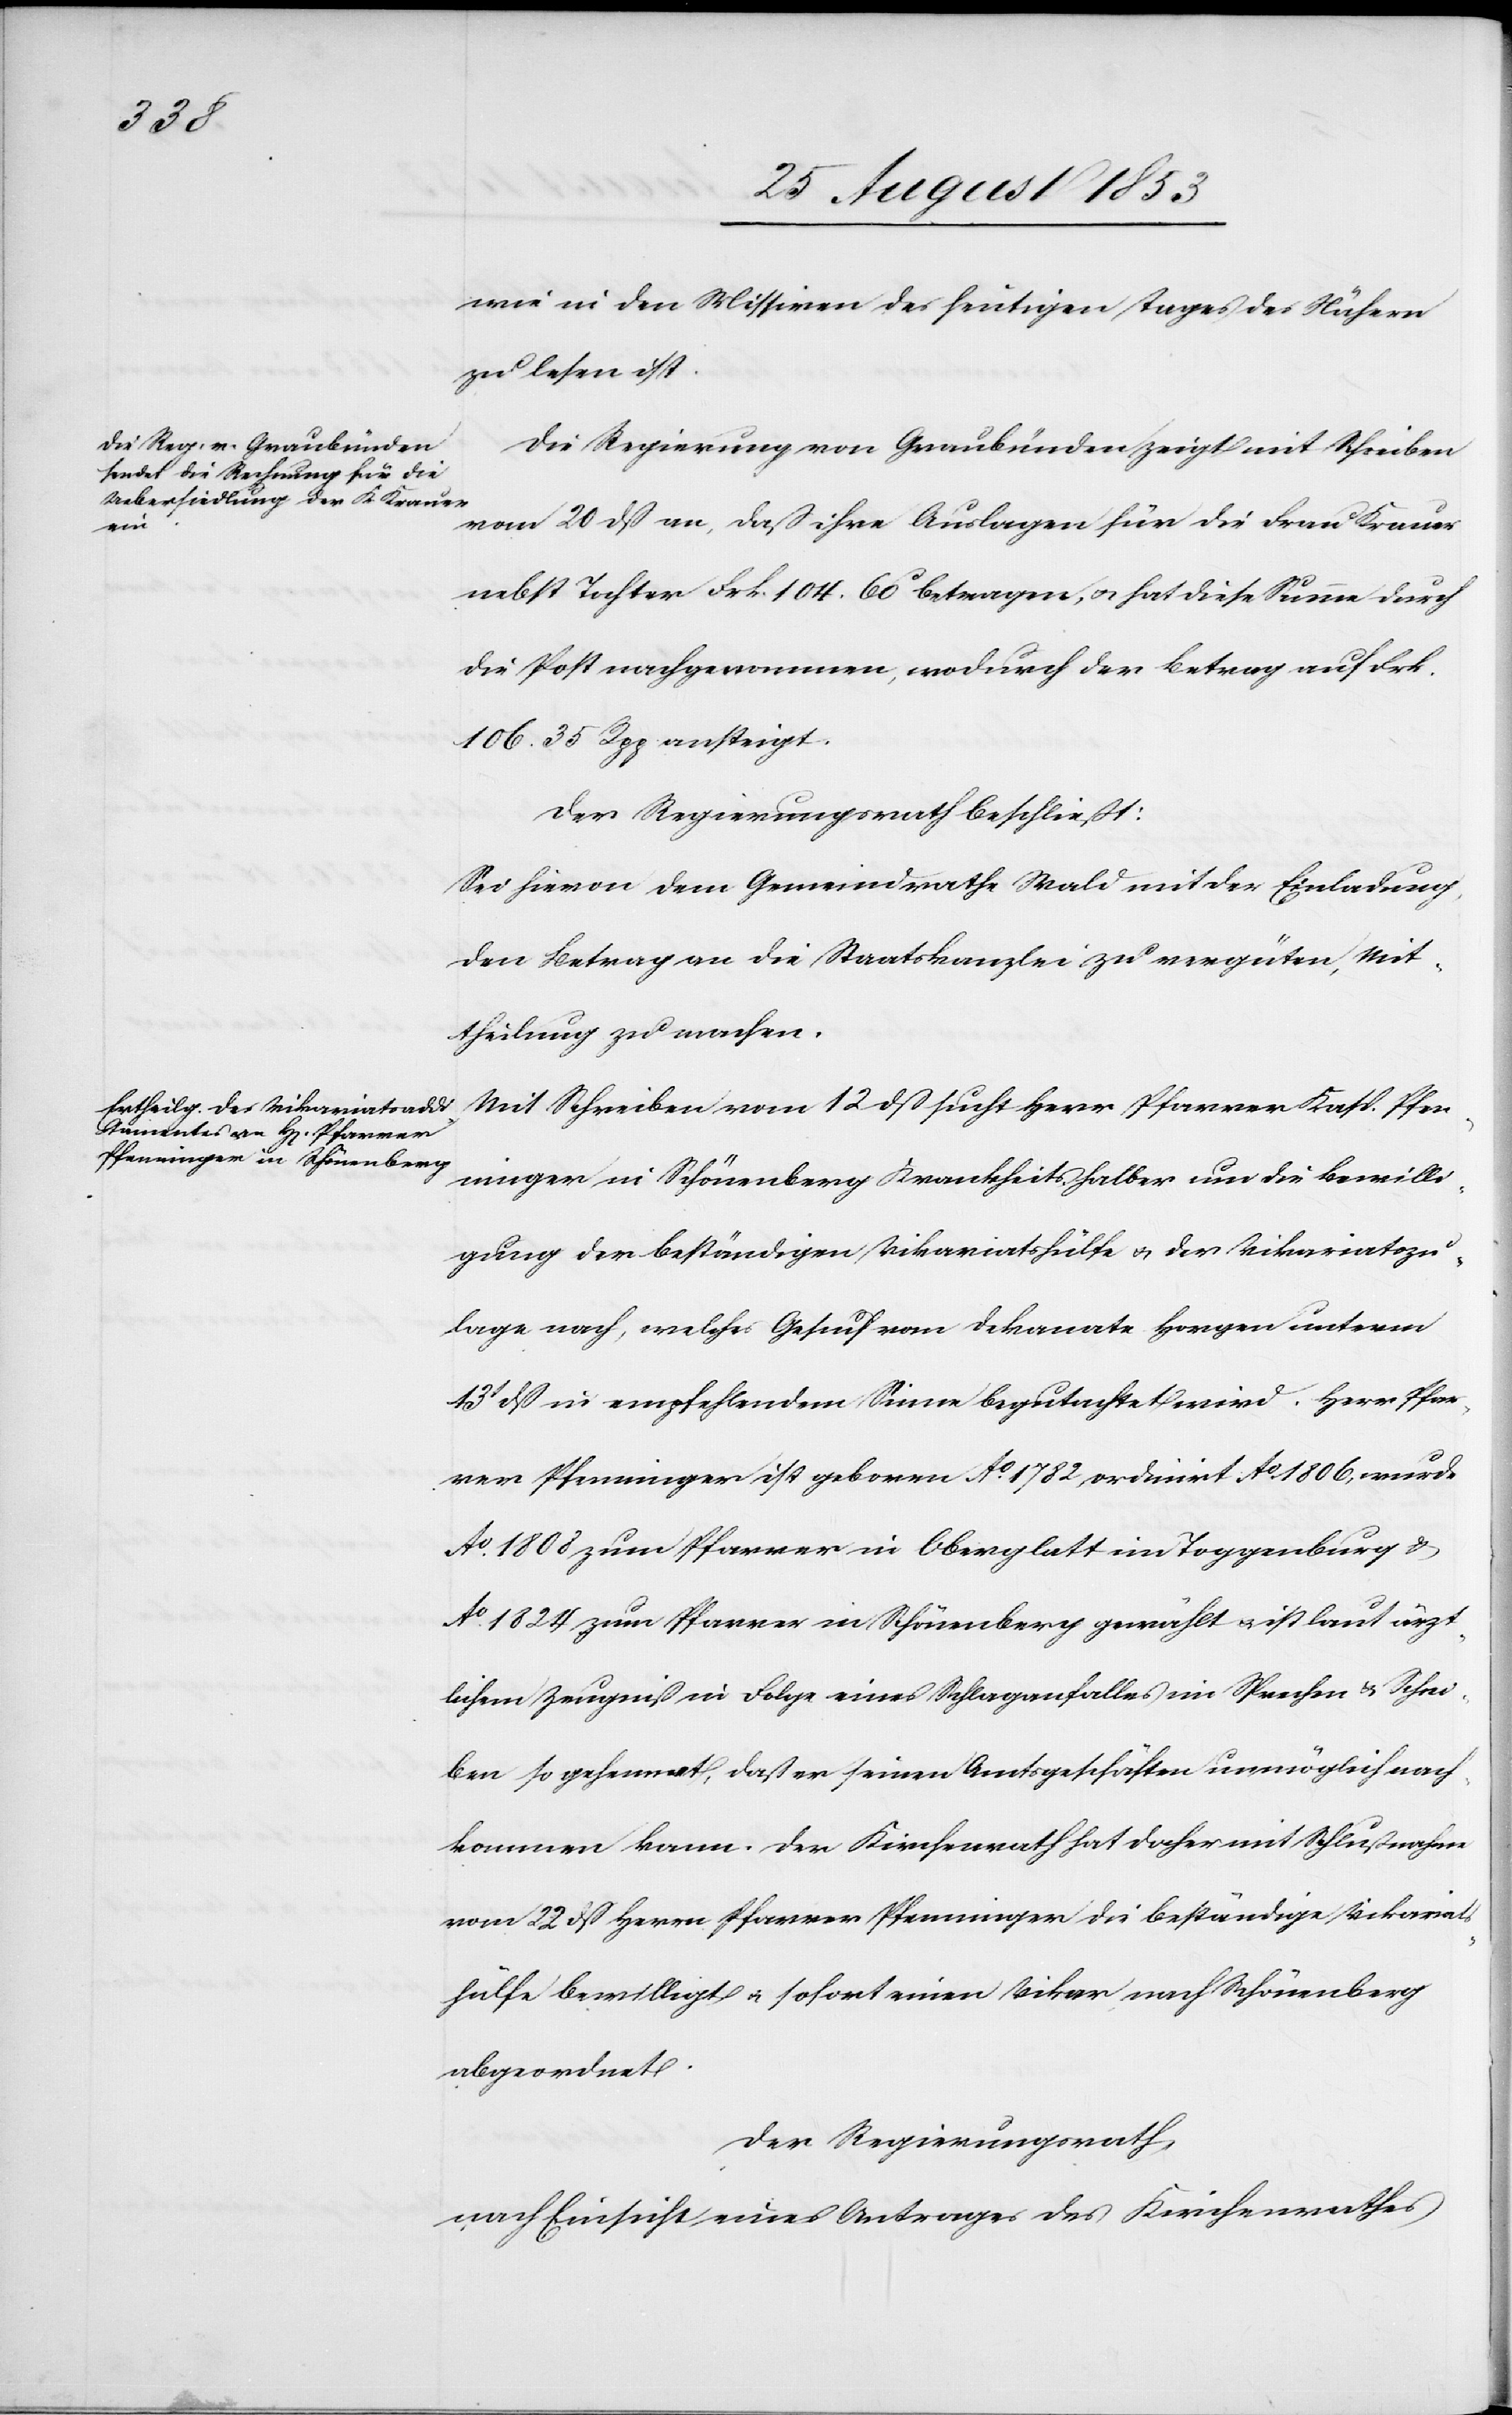
wie in den Missiven des heutigen Tages des Nähern
zu lesen ist.
Die Regierung von Graubünden zeigt mit Schreiben
vom 20 dß an, daß ihre Auslagen für die Frau Krauer
nebst Tochter Frk. 104.60 betragen, u. hat diese Summe durch
die Post nachgenommen, wodurch der Betrag auf Frk.
106.35 Rpp ansteigt.
Der Regierungsrath beschließt:
Sei hievon dem Gemeindrathe Wald mit der Einladung,
den Betrag an die Staatskanzlei zu vergüten, Mit¬
theilung zu machen.
Mit Schreiben vom 12 dß sucht Herr Pfarrer Kasp. Pfen¬
ninger in Schönenberg krankheitshalber um die Bewilli¬
gung der beständigen Vikariatshülfe u. der Vikariatszu¬
lage nach, welches Gesuch vom Dekanate Horgen unterm
13t dß in empfehlendem Sinne begutachtet wird. Herr Pfar¬
rer Pfenninger ist geboren Ao. 1782 ordinirt Ao. 1806, wurde
Ao. 1808 zum Pfarrer in Oberglatt im Toggenburg u.
Ao. 1824 zum Pfarrer in Schönenberg gewählt u. ist laut ärzt¬
lichem Zeugniß in Folge eines Schlaganfalles im Sprechen u. Schrei¬
ben so gehemmt, daß er seinen Amtsgeschäften unmöglich nach¬
kommen kann. Der Kirchenrath hat daher mit Schlußnahme
vom 22 dß Herrn Pfarrer Pfenninger die beständige Vikariat¬
shülfe bewilligt, u. sofort einen Vikar nach Schönenberg
abgeordnet.
Der Regierungsrath,
nach Einsicht eines Antrages des Kirchenrathes